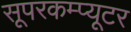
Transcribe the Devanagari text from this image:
सूपरकम्प्यूटर